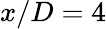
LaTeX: x/D=4